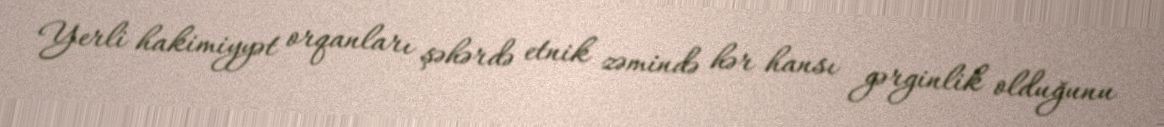
Yerli hakimiyyət orqanları şəhərdə etnik zəmində hər hansı gərginlik olduğunu